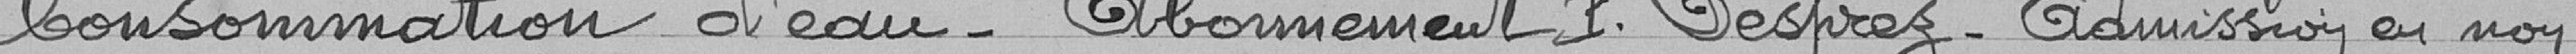
Consommation d'eau - Abonnement P. desprey - Admission en non